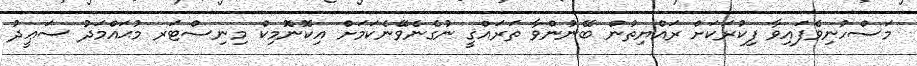
މަސްހުނިވެފައިވާ ފިކުރަކަށް ރައްޔިތުން ބޭނުންވާ ތަރައްޤީ ނުގެނެވޭނެކަމަށް އިކޮނޮމިކް މިނިސްޓަރ މުޙައްމަދު ސަޢީދު